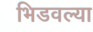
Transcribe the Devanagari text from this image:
भिडवल्या